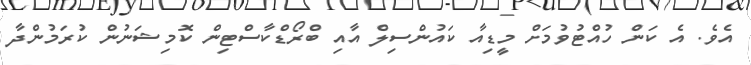
އެވެ. އެ ކަން ހުއްޓުވުމަށް މީޑިއާ ކައުންސިލް އާއި ބްރޯޑްކާސްޓިން ކޮމިޝަނުން ކުރަމުންދާ